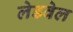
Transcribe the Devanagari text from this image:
लेडवेल